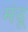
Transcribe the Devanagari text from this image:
मंदू